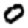
Digit: 0